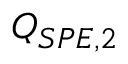
Q _ { S P E , 2 }